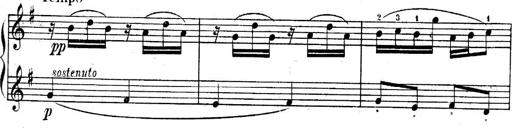
Title: Sonatines
Composer: Hedwige ChrÃ©tien